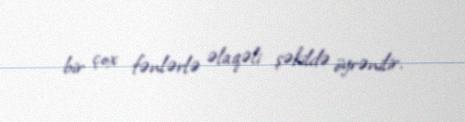
bir çox fənlərlə əlaqəli şəkildə öyrənilir.